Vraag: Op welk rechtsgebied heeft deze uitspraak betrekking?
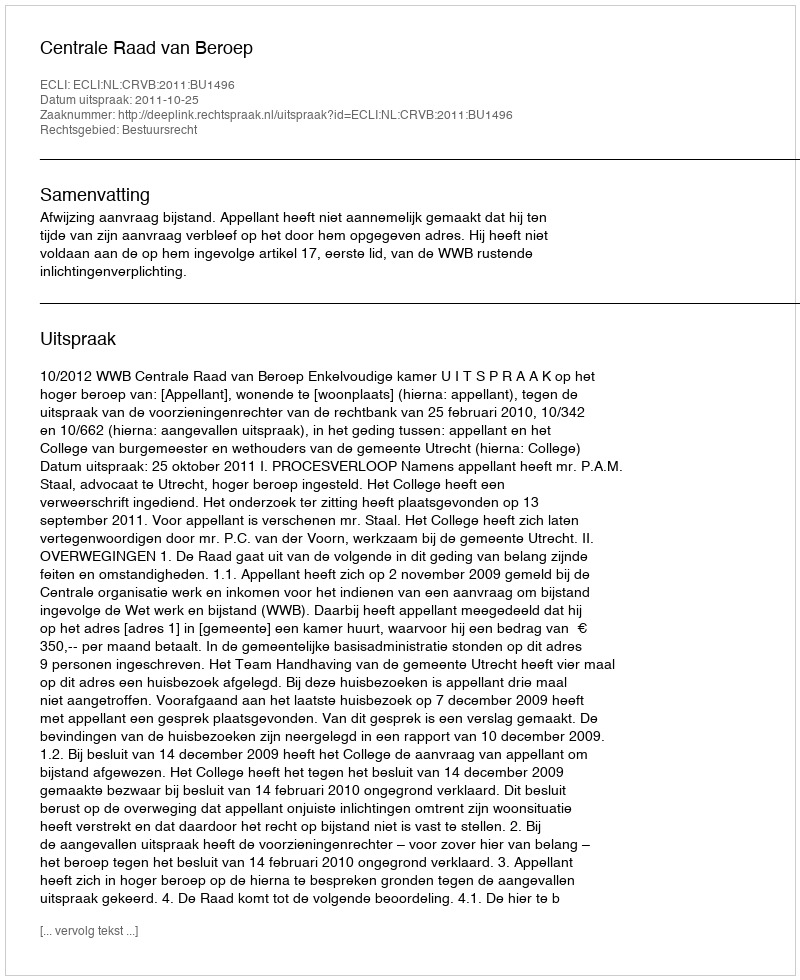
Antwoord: Bestuursrecht